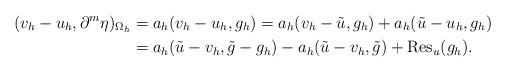
LaTeX: \begin{align*}(v_h - u_h, \partial^m\eta)_{\Omega_h} &= a_h(v_h - u_h, g_h) = a_h(v_h - \tilde u, g_h) + a_h(\tilde u - u_h, g_h) \\&= a_h(\tilde u - v_h, \tilde g - g_h) - a_h(\tilde u - v_h, \tilde g) + \operatorname{Res}_u(g_h).\end{align*}